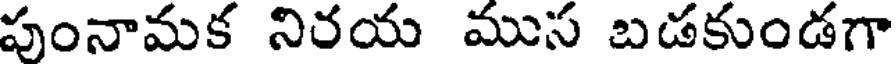
పుంనామక నిరయ ముస బడకుండగా